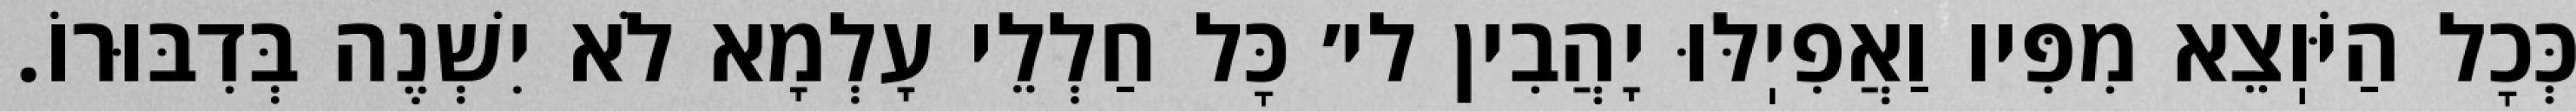
כְּכׇל הַיֹּוֽצֵא מִפִּיו וַאֲפִיֽלּוּ יָהֲבִין לי׳ כׇּל חַלְלֵי עָלְמָא לֹא יִשְׁנֶה בְּדִבּוּרוֹ.